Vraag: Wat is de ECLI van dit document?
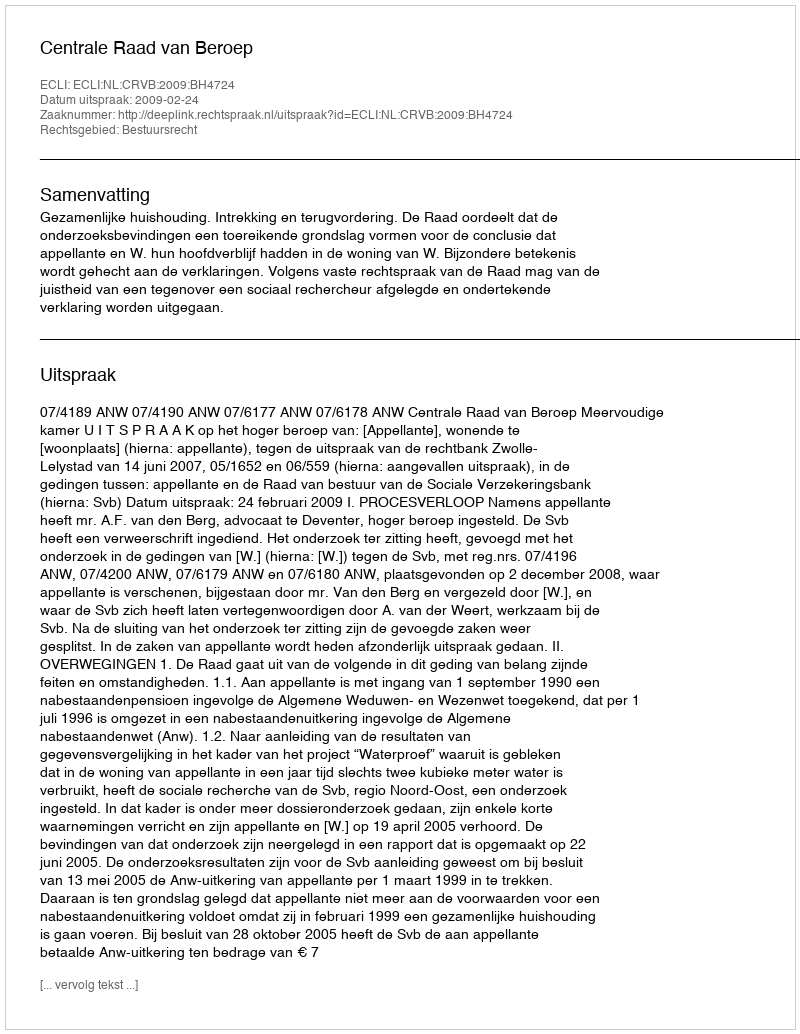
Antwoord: ECLI:NL:CRVB:2009:BH4724